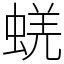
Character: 蜣